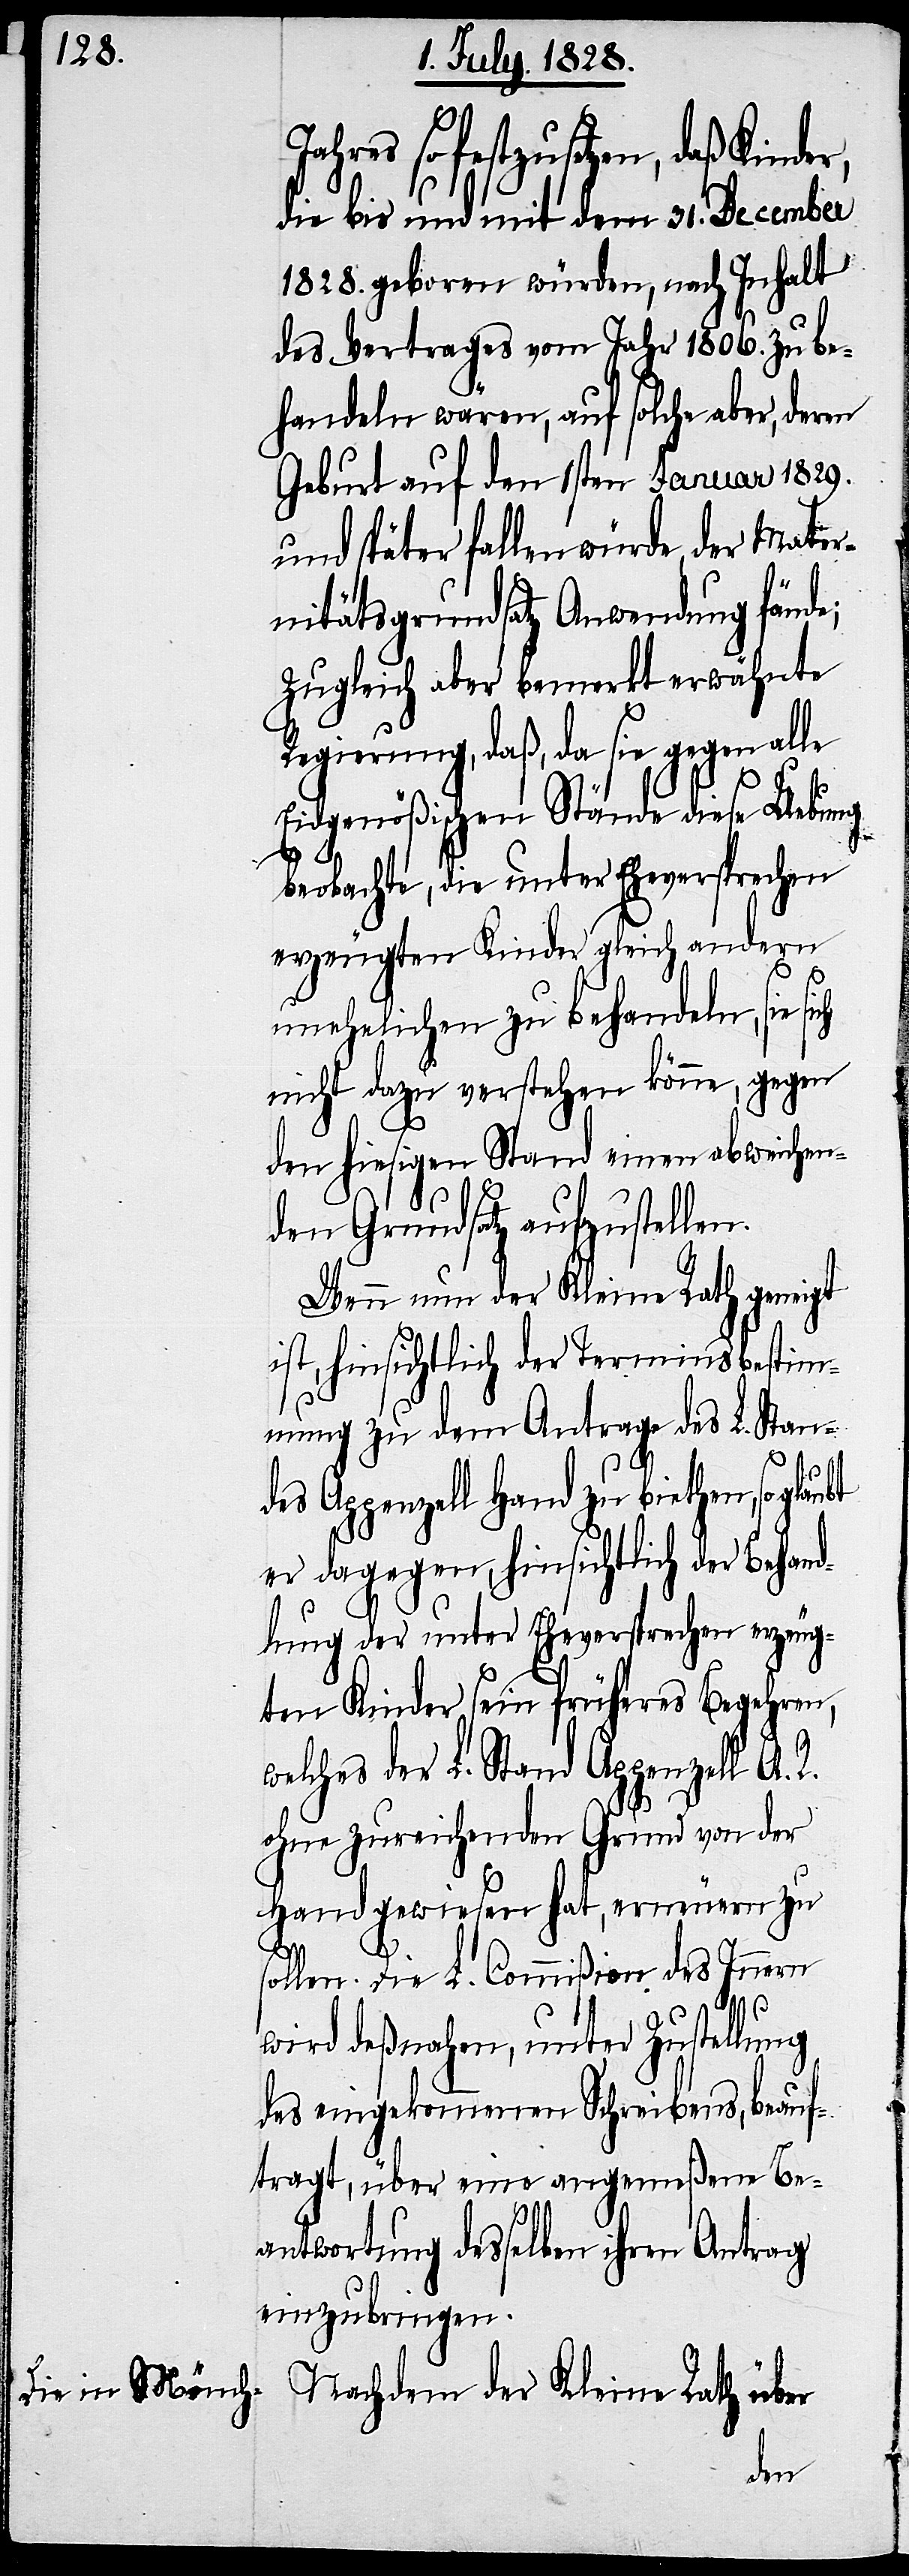
ahres so festzusetzen, daß Kinde¬
die bis und mit dem 31. December
1828. geboren würden, nach Inhalt
des Vertrages vom Jahr 1806. zu be¬
handeln wären, auf solche aber, deren
Geburt auf den 1sten Januar 1829.
und später fallen würde, der Mater¬
nitätsgrundsatz Anwendung fände;
zugleich aber bemerkt erwähnte
Regierung, daß, da sie gegen alle
Eidgenößischen Stände diese Uebung
beobachte, die unter Eheversprechen
erzeugten Kinder gleich andern
unehelichen zu behandeln, sie sich
nicht dazu verstehen könne, gegen
den hiesigen Stand einen abweichen¬
den Grundsatz aufzustellen.
Wenn nun der Kleine Rath geneigt
ist, hinsichtlich der Terminsbestim¬
mung zu dem Antrage des L. Stan¬
des Appenzell Hand zu biethen, so
er dagegen, hinsichtlich der Behand¬
r,
lung der unter Eheversprechen erzeug¬
ten Kinder sein früheres Begehren,
welches der Stand Appenzell A. R.
ohne zureichenden Grund von der
Hand gewiesen hat, erneuern zu
sollen. Die L. Commißion des Innern
wird deßnahen, unter Zustellung
des eingekommenen Schreibens, beauf¬
tragt, über eine angemeßene Be¬
antwortung desselben ihren Antrag
einzubringen.
Nachdem der Kleine Rath über